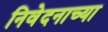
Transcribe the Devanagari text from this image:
निवेदनाच्या